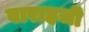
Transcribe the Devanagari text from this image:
वाराहजी